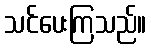
သင်ပေးကြသည်။